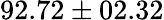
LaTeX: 92.72\pm 02.32